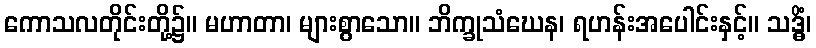
ကောသလတိုင်းတို့၌။ မဟာတာ၊ များစွာသော။ ဘိက္ခုသံဃေန၊ ရဟန်းအပေါင်းနှင့်။ သဒ္ဓိံ၊